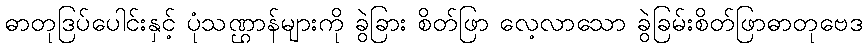
ဓာတုဒြပ်ပေါင်းနှင့် ပုံသဏ္ဌာန်များကို ခွဲခြား စိတ်ဖြာ လေ့လာသော ခွဲခြမ်းစိတ်ဖြာဓာတုဗေဒ